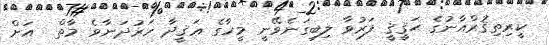
ކީރިތިޤުރްއާނުގެ ޙަޤީޤީ ފަރުވާ ލިބިގަނެވޭނީ މީހާގެ ޢަޤީދާ ހަރުދަނާވެ މާތް  އަށް